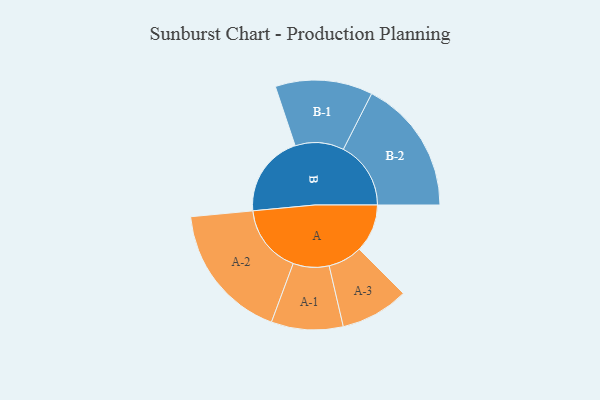
{"axis": {"x": "Segment", "y": "Value"}, "legend": ["", "A", "B"], "data": [{"x": "A", "y": 192, "type": ""}, {"x": "B", "y": 328, "type": ""}, {"x": "A-1", "y": 143, "type": "A"}, {"x": "A-2", "y": 274, "type": "A"}, {"x": "A-3", "y": 136, "type": "A"}, {"x": "B-1", "y": 194, "type": "B"}, {"x": "B-2", "y": 269, "type": "B"}]}